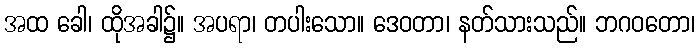
အထ ခေါ၊ ထိုအခါ၌။ အပရာ၊ တပါးသော။ ဒေဝတာ၊ နတ်သားသည်။ ဘဂဝတော၊